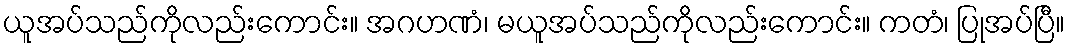
ယူအပ်သည်ကိုလည်းကောင်း။ အဂဟဏံ၊ မယူအပ်သည်ကိုလည်းကောင်း။ ကတံ၊ ပြုအပ်ပြီ။